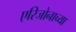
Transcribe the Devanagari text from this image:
एरिजोनाच्या